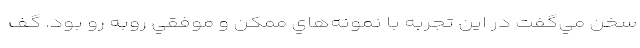
سخن مي‌گفت در اين تجربه با نمونه‌هاي ممكن و موفقي روبه رو بود. گف